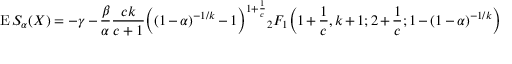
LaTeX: \operatorname { E } S _ { \alpha } ( X ) = - \gamma - { \frac { \beta } { \alpha } } { \frac { c k } { c + 1 } } { \Big ( } ( 1 - \alpha ) ^ { - 1 / k } - 1 { \Big ) } ^ { 1 + { \frac { 1 } { c } } } { _ { 2 } F _ { 1 } } { \Big ( } 1 + { \frac { 1 } { c } } , k + 1 ; 2 + { \frac { 1 } { c } } ; 1 - ( 1 - \alpha ) ^ { - 1 / k } { \Big ) }